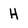
Character: H